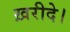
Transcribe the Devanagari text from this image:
ख़रीदे।